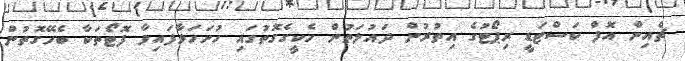
ޗެއިން އޮފް ކަސްޓަޑީ ރިޕޯޓުގެ އިތުރުން ދައުލަތުން ހެކީގެގޮތުގައި ހުށަހަޅާފައިވާ ފޮޓޯތަކާ ބެހޭގޮތުން